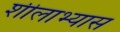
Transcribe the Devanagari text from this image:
शीलाभ्यास